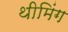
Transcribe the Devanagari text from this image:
थीमिंग